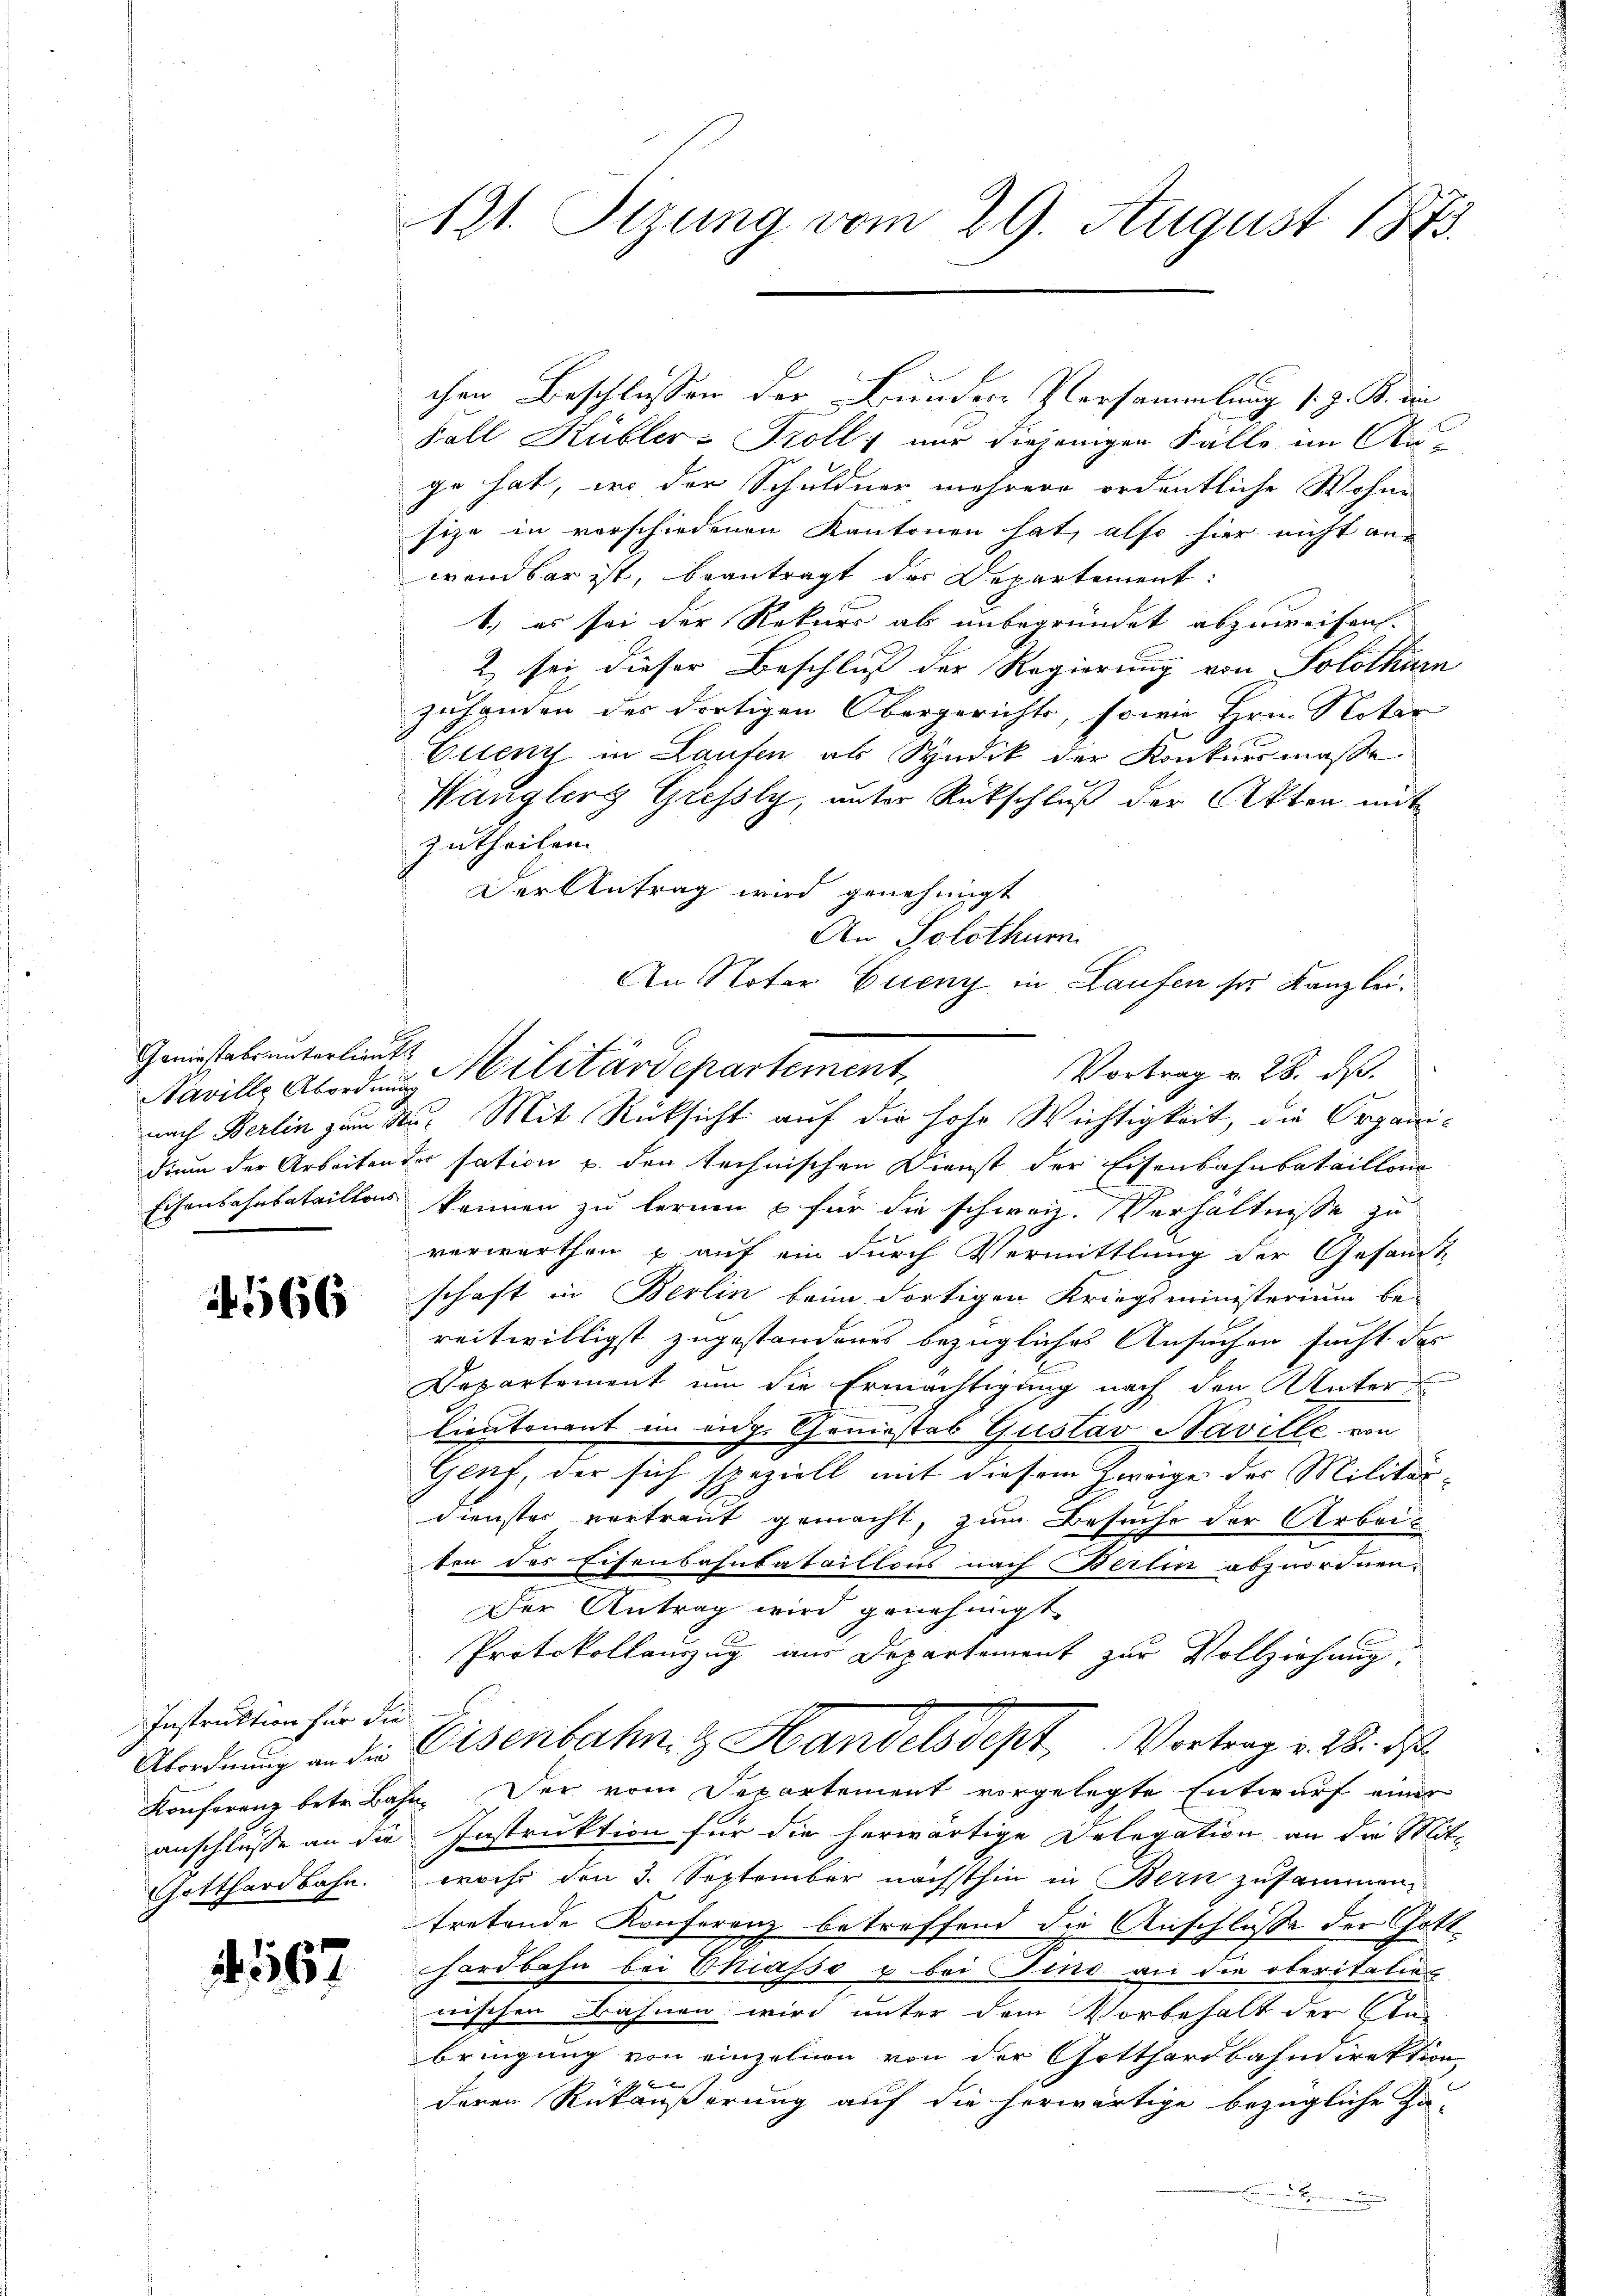
Naville Abordnung

566

Instruktion für die

1567

121. Stzung vom 29. August 1873.

Fall Hubler-Troll, nur diejenigen Fälle im Auge hat, wo der Schuldner mehrere ordentliche Wohne
fize in verschiedenen Kantonen hat, also hier nicht an-
wendbar ist, beantragt der Departement:
1.) es sei der Rekurs ab unbegründet abzuweisen.
2) sei dieser Beschluß der Regierung von Solothurn
zuhanden des dortigen Obergerichts, sowie Hrn. Notar
Ettenz in Laufen ab Syndik der Konkursmasse
Wanglerg Grefsly, unter Rückschluß der Akten mit
zutheilen.
Der Antrag wird genehmigt
Gemisserunterlieute Militärdepartement,
nach Berlin zum Sr. Mit Rücksicht auf die hohe Wichtigkeit, die Organidiem der Arbeiten der sation p. den technischen Dienst der Eisenbahnbataillon
Eisenbahnbataillos können zu lernen u für die schweiz. Verhältnisse zu
verwerthen u auf ein durch Vermittlung der Gesamt
schaft in Berlin beim dortigen Kriegsministerium be-
reitwilligst zugestandenes bezügliches Ansuchen sucht das
Departement um die Ermächtigung nach den Unter¬
Cientenant im eidg. Goniostab Gustav Naville von
Genf, der sich speziell mit diesem Zweige der Militärdienstes vertraut gemacht, zum Besuche der Arbeis
ten des Eisenbahnbataillons nach Berlin abzuordnen.
Der Antrag wird genehmigt
Protokollauszug aus Departement zur Vollziehung,
Abordnung an die Eisenbahn & Handelsdept, Vortrag v. 28. ds
Konferenz betr. Bahn. Der vom Departement vorgelegte Entwurf eines
anschlüsse an die Instruktion für die herwärtige Delegation an die Mit¬
Gotthardbahn. Woche den 3. September nächsthin in Bern zusammen,
tretende Konferenz betreffend die Anschlüsse der Gott
hardbahn bei Chiasso u. bei Sind an die oberitation
nischen Bahnen wird unter dem Vorbehalt der An-
bringung von einzelnen von der Gotthardbahndirektion
deren Rükäußerung auf die herwärtige bezügliche Zu-
.

chen Beschlussen der Bundere Versammlung s. z. B. ein

An Solothurn
An Noter Queny in Laufen sei Kanzlei¬
Vortrag v. 28. ds.